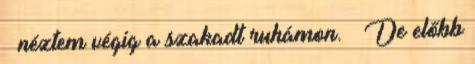
– néztem végig a szakadt ruhámon. – De előbb